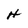
Character: H